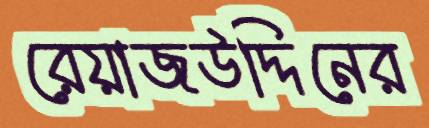
রেয়াজউদ্দিনের